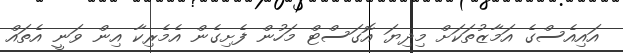
އައިއެސްގެ އަމާޒުތަކަށް މިދިޔަ އޮގަސްޓް މަހުން ފެށިގެން އެމެރިކާ އިން ވަނީ އެތައް